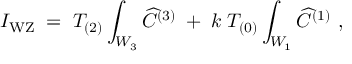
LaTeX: I _ { \mathrm { W Z } } \; = \; T _ { ( 2 ) } \int _ { { \cal W } _ { 3 } } { \widehat C } ^ { ( 3 ) } \; + \; k \; T _ { ( 0 ) } \int _ { { \cal W } _ { 1 } } { \widehat C } ^ { ( 1 ) } \ ,